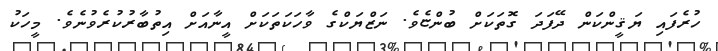
ހުރެފައި ޔަޤީންކަން ދޭފަދަ ގޮތަކަށް ބުންޏެވެ. ނަޒްޔަކްގެ ވާހަކަތަކަށް އީނާއަށް އިތުބާރުކުރެވުނެވެ. މީހަކު